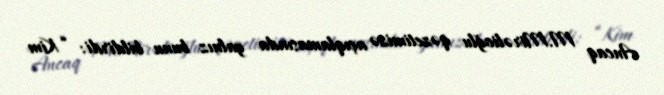
Ancaq M.Mirəlioğlu qəzetimizə açıqlamasında yalnız bunu bildirdi: “Kim